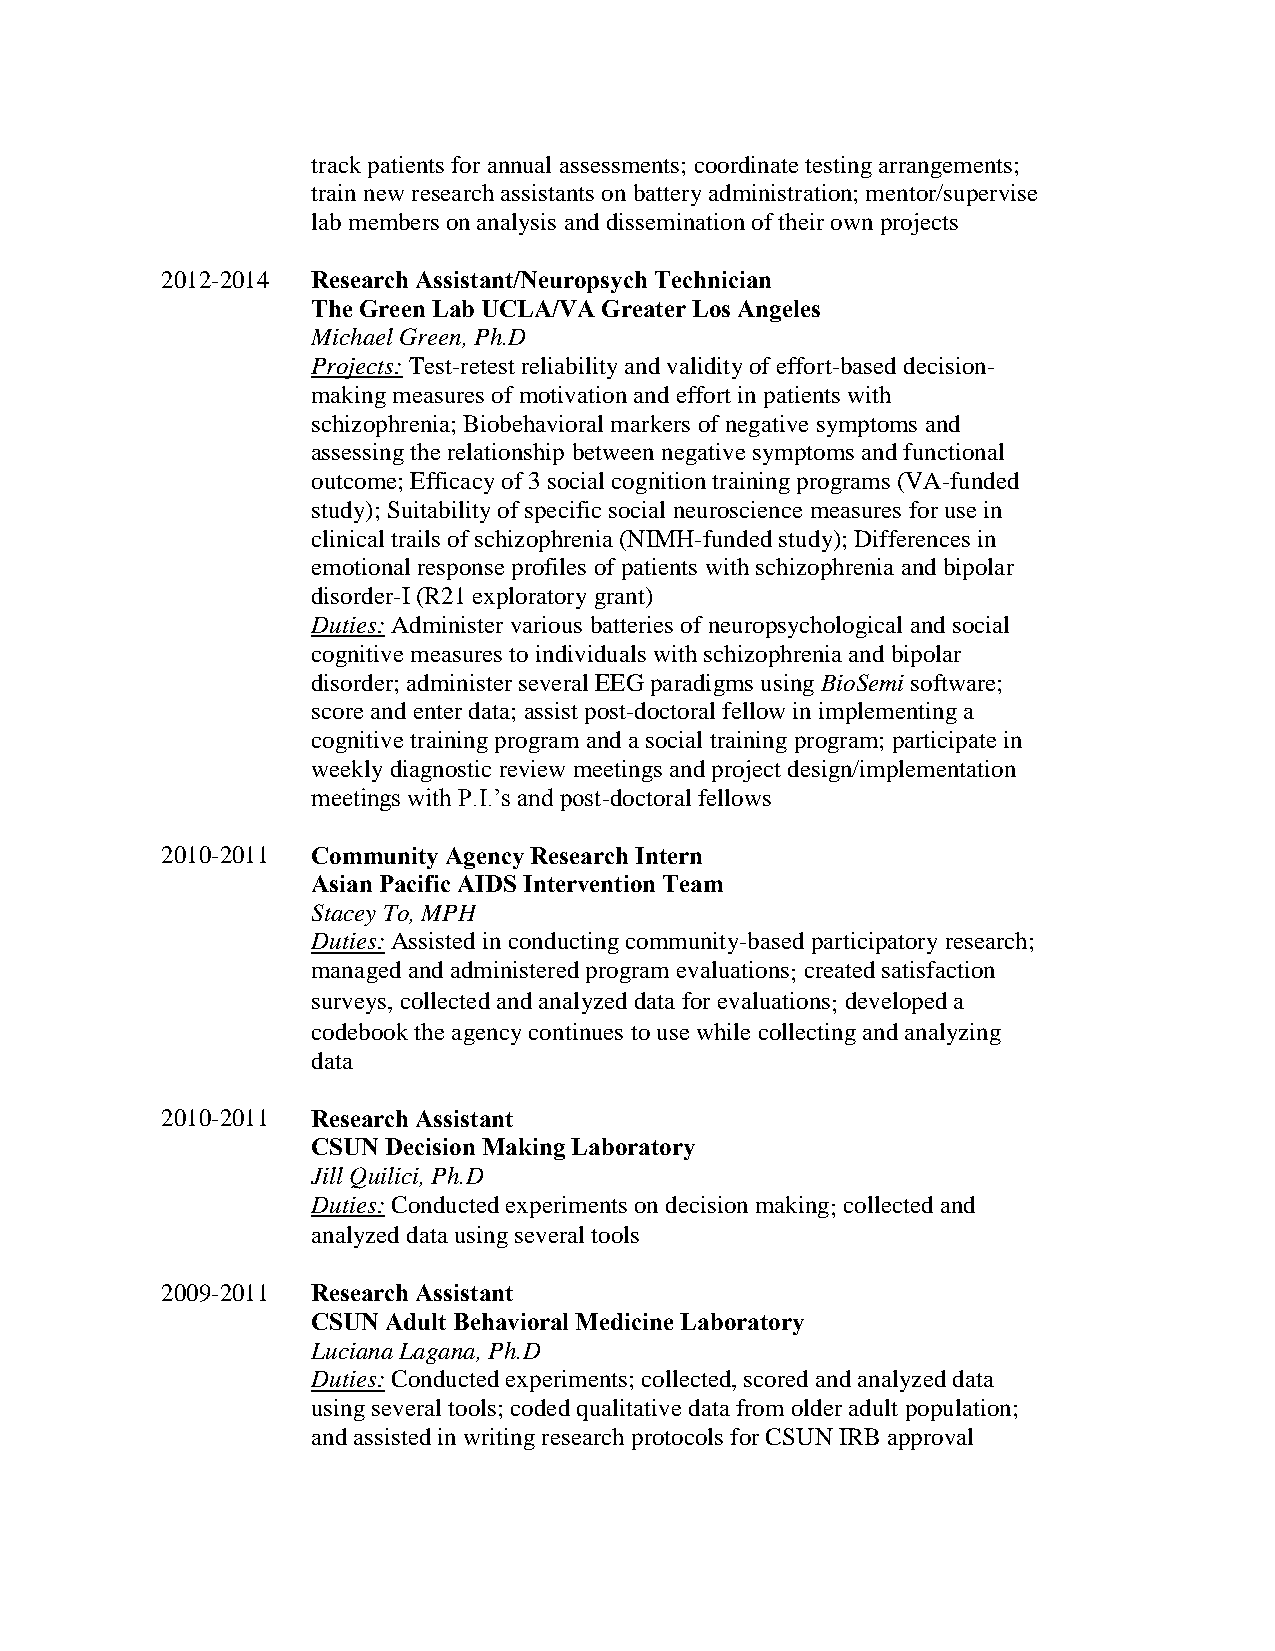
track patients for annual assessments; coordinate testing arrangements;
 train new research assistants on battery administration; mentor/supervise
 lab members on analysis and dissemination of their own projects
 2012-2014 Research Assistant/Neuropsych Technician
 The Green Lab UCLA/VA Greater Los Angeles
 Michael Green, Ph.D
 Projects: Test-retest reliability and validity of effort-based decision-
 making measures of motivation and effort in patients with
 schizophrenia; Biobehavioral markers of negative symptoms and
 assessing the relationship between negative symptoms and functional
 outcome; Efficacy of 3 social cognition training programs (VA-funded
 study); Suitability of specific social neuroscience measures for use in
 clinical trails of schizophrenia (NIMH-funded study); Differences in
 emotional response profiles of patients with schizophrenia and bipolar
 disorder-I (R21 exploratory grant)
 Duties: Administer various batteries of neuropsychological and social
 cognitive measures to individuals with schizophrenia and bipolar
 disorder; administer several EEG paradigms using BioSemi software;
 score and enter data; assist post-doctoral fellow in implementing a
 cognitive training program and a social training program; participate in
 weekly diagnostic review meetings and project design/implementation
 meetings with P.I.’s and post-doctoral fellows
 2010-2011 Community Agency Research Intern
 Asian Pacific AIDS Intervention Team
 Stacey To, MPH
 Duties: Assisted in conducting community-based participatory research;
 managed and administered program evaluations; created satisfaction
 surveys, collected and analyzed data for evaluations; developed a
 codebook the agency continues to use while collecting and analyzing
 data
 2010-2011 Research Assistant
 CSUN Decision Making Laboratory
 Jill Quilici, Ph.D
 Duties: Conducted experiments on decision making; collected and
 analyzed data using several tools
 2009-2011 Research Assistant
 CSUN Adult Behavioral Medicine Laboratory
 Luciana Lagana, Ph.D
 Duties: Conducted experiments; collected, scored and analyzed data
 using several tools; coded qualitative data from older adult population;
 and assisted in writing research protocols for CSUN IRB approval